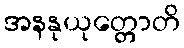
အနနုယုတ္တောတိ